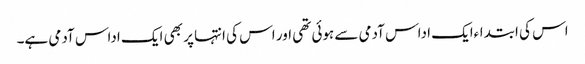
اس کی ابتداءایک اداس آدمی سے ہوئی تھی اور اس کی انتہا پر بھی ایک اداس آدمی ہے۔